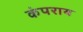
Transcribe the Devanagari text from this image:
कंपराय